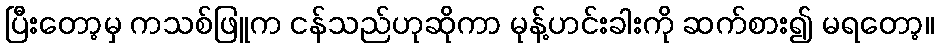
ပြီးတော့မှ ကသစ်ဖြူက ငန်သည်ဟုဆိုကာ မုန့်ဟင်းခါးကို ဆက်စား၍ မရတော့။